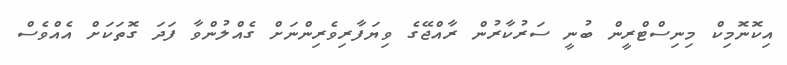
އިކޮނޮމިކް މިނިސްޓްރީން ބުނީ ސަރުކާރުން ރާއްޖޭގެ ވިޔަފާރިވެރިންނަށް ގެއްލުންވާ ފަދަ ގޮތަކަށް އެއްވެސް